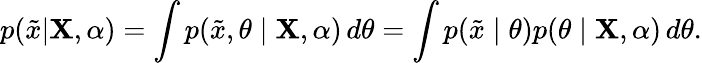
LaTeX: p({\tilde{x}}|\mathbf{X},\alpha)=\int p({\tilde{x}},\theta\mid\mathbf{X},\alpha)\, d\theta=\int p({\tilde{x}}\mid\theta)p(\theta\mid\mathbf{X},\alpha)\, d\theta.